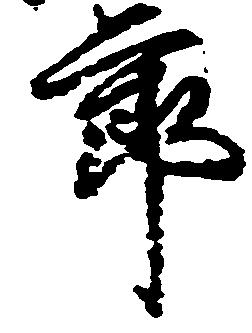
節